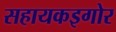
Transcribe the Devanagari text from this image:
सहायकइगोर